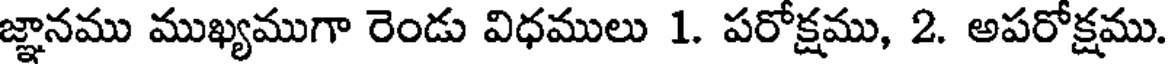
జ్ఞానము ముఖ్యముగా రెండు విధములు 1. పరోక్షము, 2. అపరోక్షము.